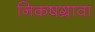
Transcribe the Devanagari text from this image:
निकषग्रावा